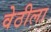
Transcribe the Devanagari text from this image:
वेठीला